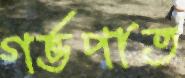
গর্ভপাত